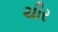
ચીર